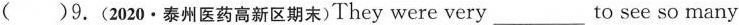
( )9.(2020·泰州医药高新区期末)They were very ___ to see so many